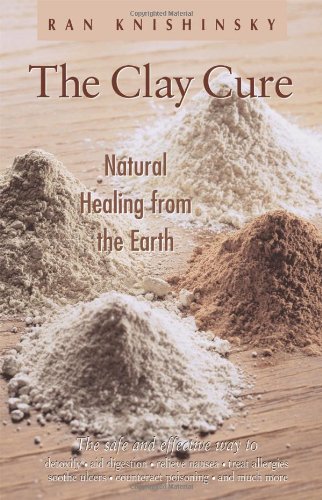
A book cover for The Clay Cure : Natural Healing from the Earth; Ran Knishinsky; Health, Fitness & Dieting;